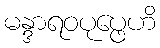
မန္ဒာရဝပုပ္ဖေဟိ